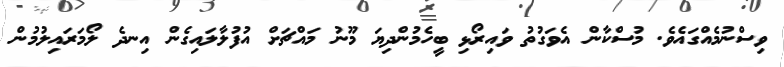
ވިސްނުމެއްގައެވެ. މުސްކާން އެވަގުތު ވައިރޯޅި ބީހެމުންދިޔަ މޫނު މައްޗަށް އުފުލާލައިގެން އިނދެ ލޯމަރައިލުމުން